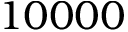
1 0 0 0 0